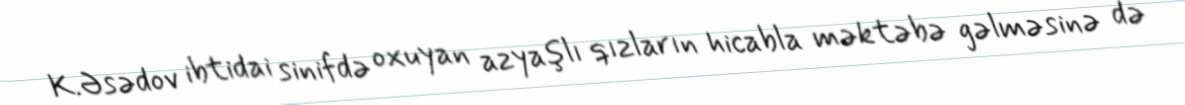
K.Əsədov ibtidai sinifdə oxuyan azyaşlı qızların hicabla məktəbə gəlməsinə də